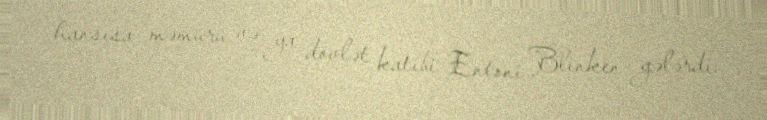
hansısa məmuru və ya dövlət katibi Entoni Blinken gələrdi.